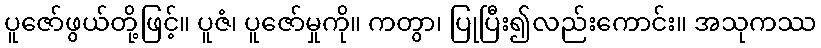
ပူဇော်ဖွယ်တို့ဖြင့်။ ပူဇံ၊ ပူဇော်မှုကို။ ကတွာ၊ ပြုပြီး၍လည်းကောင်း။ အသုကဿ